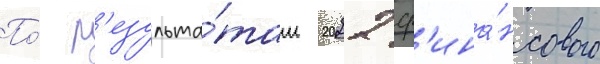
По́ р'езульта́там 2022 ф'ина́нсового